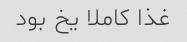
غذا کاملا یخ بود